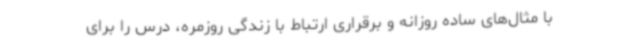
با مثال‌های ساده روزانه و برقراری ارتباط با زندگی روزمره، درس را برای